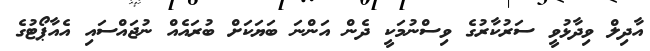
އާދިލް ވިދާޅުވީ ސަރުކާރުގެ ވިސްނުމަކީ ދެން އަންނަ ބަޔަކަށް ބުރައެއް ނުޖައްސައި އެއާޕޯޓުގެ